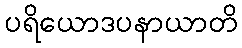
ပရိယောဒပနာယာတိ